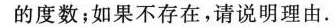
的度数；如果不存在，请说明理由。